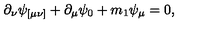
\partial _ { \nu } \psi _ { [ \mu \nu ] } + \partial _ { \mu } \psi _ { 0 } + m _ { 1 } \psi _ { \mu } = 0 ,